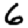
Digit: 6